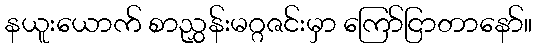
နယူးယောက် စာညွှန်းမဂ္ဂဇင်းမှာ ကြော်ငြာတာနော်။